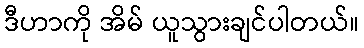
ဒီဟာကို အိမ် ယူသွားချင်ပါတယ်။